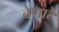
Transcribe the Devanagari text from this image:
बेणारे